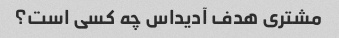
مشتری هدف آدیداس چه کسی است؟